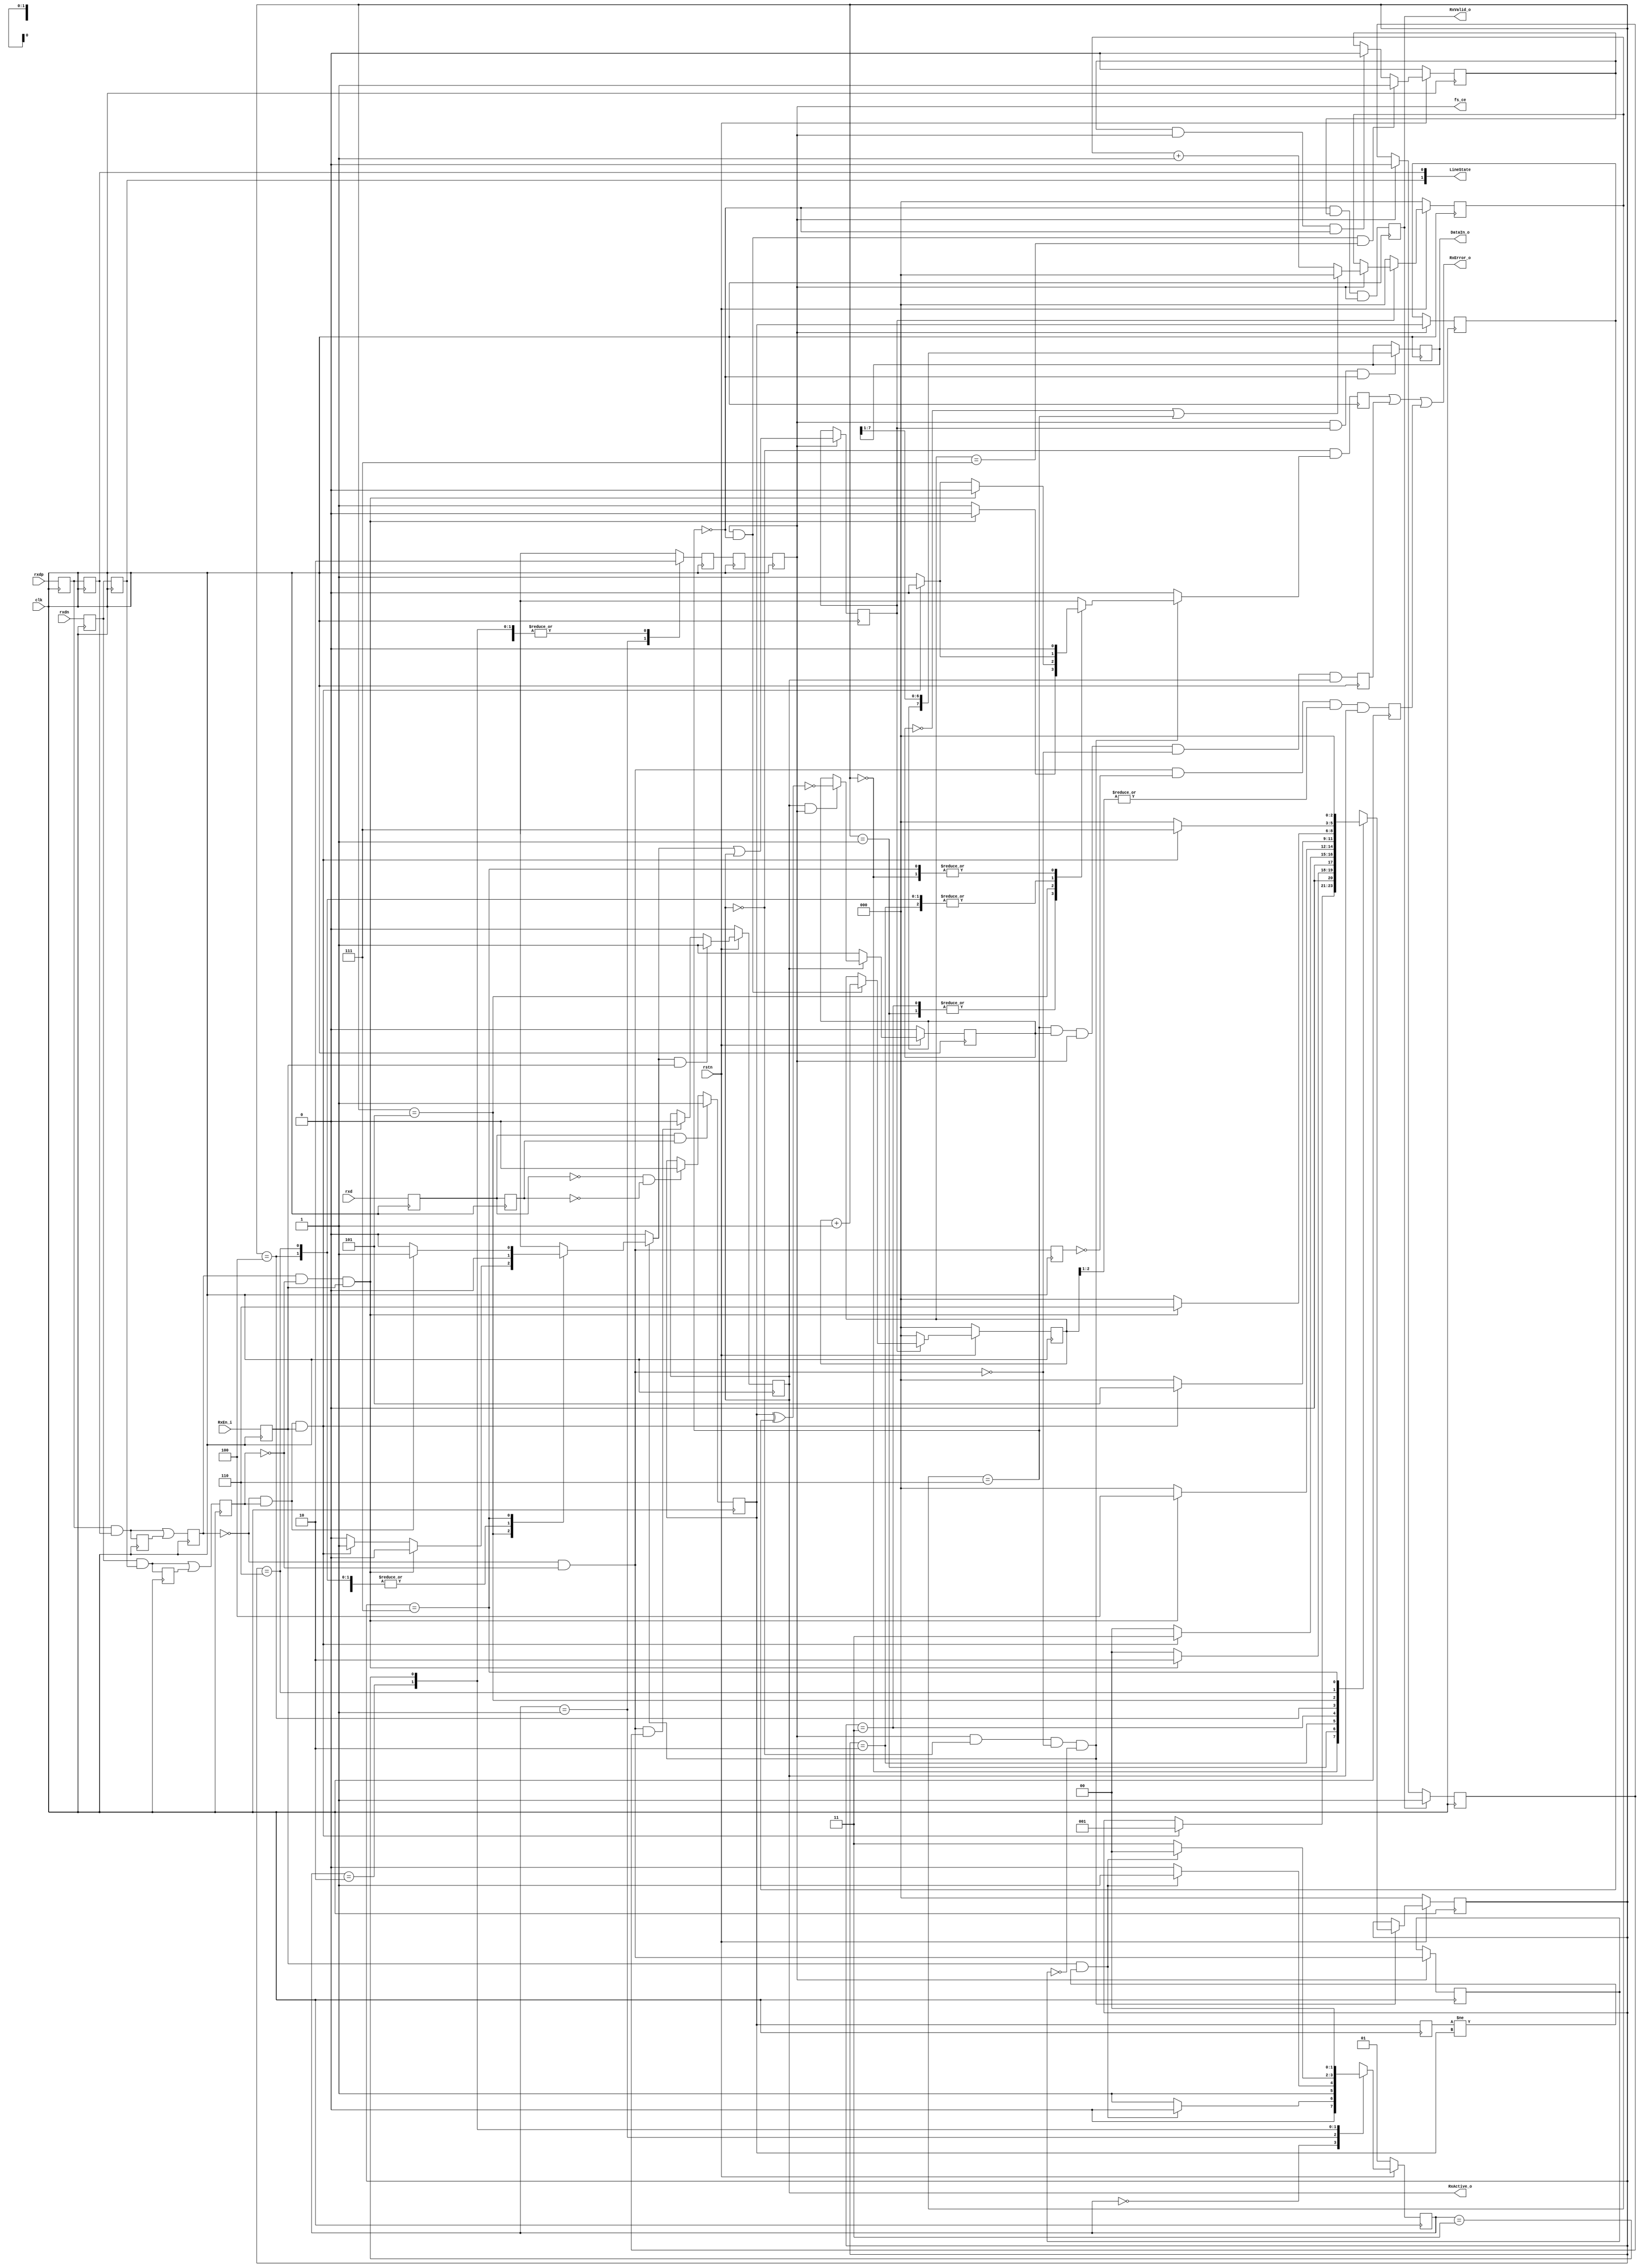
/////////////////////////////////////////////////////////////////////
////                                                             ////
////  USB 1.1 PHY                                                ////
////  RX & DPLL                                                  ////
////                                                             ////
////                                                             ////
////          rudi@asics.ws                                      ////
////                                                             ////
////                                                             ////
////  Downloaded from: http://www.opencores.org/cores/usb_phy/   ////
////                                                             ////
/////////////////////////////////////////////////////////////////////
////                                                             ////
//// Copyright (C) 2000-2002 Rudolf Usselmann                    ////
////                         www.asics.ws                        ////
////                         rudi@asics.ws                       ////
////                                                             ////
//// This source file may be used and distributed without        ////
//// restriction provided that this copyright statement is not   ////
//// removed from the file and that any derivative work contains ////
//// the original copyright notice and the associated disclaimer.////
////                                                             ////
////     THIS SOFTWARE IS PROVIDED ``AS IS'' AND WITHOUT ANY     ////
//// EXPRESS OR IMPLIED WARRANTIES, INCLUDING, BUT NOT LIMITED   ////
//// TO, THE IMPLIED WARRANTIES OF MERCHANTABILITY AND FITNESS   ////
//// FOR A PARTICULAR PURPOSE. IN NO EVENT SHALL THE AUTHOR      ////
//// OR CONTRIBUTORS BE LIABLE FOR ANY DIRECT, INDIRECT,         ////
//// INCIDENTAL, SPECIAL, EXEMPLARY, OR CONSEQUENTIAL DAMAGES    ////
//// (INCLUDING, BUT NOT LIMITED TO, PROCUREMENT OF SUBSTITUTE   ////
//// GOODS OR SERVICES; LOSS OF USE, DATA, OR PROFITS; OR        ////
//// BUSINESS INTERRUPTION) HOWEVER CAUSED AND ON ANY THEORY OF  ////
//// LIABILITY, WHETHER IN  CONTRACT, STRICT LIABILITY, OR TORT  ////
//// (INCLUDING NEGLIGENCE OR OTHERWISE) ARISING IN ANY WAY OUT  ////
//// OF THE USE OF THIS SOFTWARE, EVEN IF ADVISED OF THE         ////
//// POSSIBILITY OF SUCH DAMAGE.                                 ////
////                                                             ////
/////////////////////////////////////////////////////////////////////

//  CVS Log
//
//  $Id: usb_rx_phy.v,v 1.5 2004-10-19 09:29:07 rudi Exp $
//
//  $Date: 2004-10-19 09:29:07 $
//  $Revision: 1.5 $
//  $Author: rudi $
//  $Locker:  $
//  $State: Exp $
//
// Change History:
//               $Log: not supported by cvs2svn $
//               Revision 1.4  2003/12/02 04:56:00  rudi
//               Fixed a bug reported by Karl C. Posch from Graz University of Technology. Thanks Karl !
//
//               Revision 1.3  2003/10/19 18:07:45  rudi
//               - Fixed Sync Error to be only checked/generated during the sync phase
//
//               Revision 1.2  2003/10/19 17:40:13  rudi
//               - Made core more robust against line noise
//               - Added Error Checking and Reporting
//               (See README.txt for more info)
//
//               Revision 1.1.1.1  2002/09/16 14:27:01  rudi
//               Created Directory Structure
//
//
//
//
//
//
//
//


module usb1d_rx_phy(	clk, rstn, fs_ce,
	
			// Transciever Interface
			rxd, rxdp, rxdn,

			// UTMI Interface
			RxValid_o, RxActive_o, RxError_o, DataIn_o,
			RxEn_i, LineState);

input		clk;
input		rstn;
output		fs_ce;
input		rxd, rxdp, rxdn;
output	[7:0]	DataIn_o;
output		RxValid_o;
output		RxActive_o;
output		RxError_o;
input		RxEn_i;
output	[1:0]	LineState;

///////////////////////////////////////////////////////////////////
//
// Local Wires and Registers
//

reg		rxd_s0, rxd_s1,  rxd_s;
reg		rxdp_s0, rxdp_s1, rxdp_s, rxdp_s_r;
reg		rxdn_s0, rxdn_s1, rxdn_s, rxdn_s_r;
reg		synced_d;
wire		k, j, se0;
reg		rxd_r;
reg		rx_en;
reg		rx_active;
reg	[2:0]	bit_cnt;
reg		rx_valid1, rx_valid;
reg		shift_en;
reg		sd_r;
reg		sd_nrzi;
reg	[7:0]	hold_reg;
wire		drop_bit;	// Indicates a stuffed bit
reg	[2:0]	one_cnt;

reg	[1:0]	dpll_state, dpll_next_state;
reg		fs_ce_d;
reg		fs_ce;
wire		change;
wire		lock_en;
reg	[2:0]	fs_state, fs_next_state;
reg		rx_valid_r;
reg		sync_err_d, sync_err;
reg		bit_stuff_err;
reg		se0_r, byte_err;
reg		se0_s;

///////////////////////////////////////////////////////////////////
//
// Misc Logic
//

assign RxActive_o = rx_active;
assign RxValid_o = rx_valid;
assign RxError_o = sync_err | bit_stuff_err | byte_err;
assign DataIn_o = hold_reg;
assign LineState = {rxdn_s1, rxdp_s1};

always @(posedge clk)	rx_en <= RxEn_i;
always @(posedge clk)	sync_err <= !rx_active & sync_err_d;

///////////////////////////////////////////////////////////////////
//
// Synchronize Inputs
//

// First synchronize to the local system clock to
// avoid metastability outside the sync block (*_s0).
// Then make sure we see the signal for at least two
// clock cycles stable to avoid glitches and noise

always @(posedge clk)	rxd_s0  <= rxd;
always @(posedge clk)	rxd_s1  <= rxd_s0;
always @(posedge clk)							// Avoid detecting Line Glitches and noise
	if(rxd_s0 && rxd_s1)	rxd_s <= 1'b1;
	else
	if(!rxd_s0 && !rxd_s1)	rxd_s <= 1'b0;

always @(posedge clk)	rxdp_s0  <= rxdp;
always @(posedge clk)	rxdp_s1  <= rxdp_s0;
always @(posedge clk)	rxdp_s_r <= rxdp_s0 & rxdp_s1;
always @(posedge clk)	rxdp_s   <= (rxdp_s0 & rxdp_s1) | rxdp_s_r;	// Avoid detecting Line Glitches and noise

always @(posedge clk)	rxdn_s0  <= rxdn;
always @(posedge clk)	rxdn_s1  <= rxdn_s0;
always @(posedge clk)	rxdn_s_r <= rxdn_s0 & rxdn_s1;
always @(posedge clk)	rxdn_s   <= (rxdn_s0 & rxdn_s1) | rxdn_s_r;	// Avoid detecting Line Glitches and noise

assign k = !rxdp_s &  rxdn_s;
assign j =  rxdp_s & !rxdn_s;
assign se0 = !rxdp_s & !rxdn_s;

always @(posedge clk)	if(fs_ce)	se0_s <= se0;

///////////////////////////////////////////////////////////////////
//
// DPLL
//

// This design uses a clock enable to do 12Mhz timing and not a
// real 12Mhz clock. Everything always runs at 48Mhz. We want to
// make sure however, that the clock enable is always exactly in
// the middle between two virtual 12Mhz rising edges.
// We monitor rxdp and rxdn for any changes and do the appropiate
// adjustments.
// In addition to the locking done in the dpll FSM, we adjust the
// final latch enable to compensate for various sync registers ...

// Allow lockinf only when we are receiving
assign	lock_en = rx_en;

always @(posedge clk)	rxd_r <= rxd_s;

// Edge detector
assign change = rxd_r != rxd_s;

// DPLL FSM
`ifdef USB_ASYNC_REST
always @(posedge clk or negedge rstn)
`else
always @(posedge clk)
`endif
	if(!rstn)	dpll_state <= 2'h1;
	else		dpll_state <= dpll_next_state;

always @(dpll_state or lock_en or change)
   begin
	fs_ce_d = 1'b0;
	case(dpll_state)	// synopsys full_case parallel_case
	   2'h0:
		if(lock_en && change)	dpll_next_state = 2'h0;
		else			dpll_next_state = 2'h1;
	   2'h1:begin
		fs_ce_d = 1'b1;
		if(lock_en && change)	dpll_next_state = 2'h3;
		else			dpll_next_state = 2'h2;
		end
	   2'h2:
		if(lock_en && change)	dpll_next_state = 2'h0;
		else			dpll_next_state = 2'h3;
	   2'h3:
		if(lock_en && change)	dpll_next_state = 2'h0;
		else			dpll_next_state = 2'h0;
	endcase
   end

// Compensate for sync registers at the input - allign full speed
// clock enable to be in the middle between two bit changes ...
reg	fs_ce_r1, fs_ce_r2;

always @(posedge clk)	fs_ce_r1 <= fs_ce_d;
always @(posedge clk)	fs_ce_r2 <= fs_ce_r1;
always @(posedge clk)	fs_ce <= fs_ce_r2;


///////////////////////////////////////////////////////////////////
//
// Find Sync Pattern FSM
//

parameter	FS_IDLE	= 3'h0,
		K1	= 3'h1,
		J1	= 3'h2,
		K2	= 3'h3,
		J2	= 3'h4,
		K3	= 3'h5,
		J3	= 3'h6,
		K4	= 3'h7;

`ifdef USB_ASYNC_REST
always @(posedge clk or negedge rstn)
`else
always @(posedge clk)
`endif
	if(!rstn)	fs_state <= FS_IDLE;
	else		fs_state <= fs_next_state;

/***********************************************************
       Dinesh.A, 7th Feb 2013
       Sync Detection, when following pattern detected
          k,j,k,j,k,j,k,k
       Where k =1; if  rxdp == 0  and rxdn == 1 
       Where j =1; if  rxdp == 1  and rxdn == 0
************************************************************/
always @(fs_state or fs_ce or k or j or rx_en or rx_active or se0 or se0_s)
   begin
	synced_d = 1'b0;
	sync_err_d = 1'b0;
	fs_next_state = fs_state;
	if(fs_ce && !rx_active && !se0 && !se0_s)
	   case(fs_state)	// synopsys full_case parallel_case
		FS_IDLE:
		     begin
			if(k && rx_en)	fs_next_state = K1;
		     end
		K1:
		     begin
			if(j && rx_en)	fs_next_state = J1;
			else
			   begin
					sync_err_d = 1'b1;
					fs_next_state = FS_IDLE;
			   end
		     end
		J1:
		     begin
			if(k && rx_en)	fs_next_state = K2;
			else
			   begin
					sync_err_d = 1'b1;
					fs_next_state = FS_IDLE;
			   end
		     end
		K2:
		     begin
			if(j && rx_en)	fs_next_state = J2;
			else
			   begin
					sync_err_d = 1'b1;
					fs_next_state = FS_IDLE;
			   end
		     end
		J2:
		     begin
			if(k && rx_en)	fs_next_state = K3;
			else
			   begin
					sync_err_d = 1'b1;
					fs_next_state = FS_IDLE;
			   end
		     end
		K3:
		     begin
			if(j && rx_en)	fs_next_state = J3;
			else
			if(k && rx_en)
			   begin
					fs_next_state = FS_IDLE;	// Allow missing first K-J
					synced_d = 1'b1;
			   end
			else
			   begin
					sync_err_d = 1'b1;
					fs_next_state = FS_IDLE;
			   end
		     end
		J3:
		     begin
			if(k && rx_en)	fs_next_state = K4;
			else
			   begin
					sync_err_d = 1'b1;
					fs_next_state = FS_IDLE;
			   end
		     end
		K4:
		     begin
			if(k)	synced_d = 1'b1;
			fs_next_state = FS_IDLE;
		     end
	   endcase
   end

///////////////////////////////////////////////////////////////////
//
// Generate RxActive
//

`ifdef USB_ASYNC_REST
always @(posedge clk or negedge rstn)
`else
always @(posedge clk)
`endif
	if(!rstn)		rx_active <= 1'b0;
	else
	if(synced_d && rx_en)	rx_active <= 1'b1;
	else
	if(se0 && rx_valid_r)	rx_active <= 1'b0;

always @(posedge clk)
	if(rx_valid)	rx_valid_r <= 1'b1;
	else
	if(fs_ce)	rx_valid_r <= 1'b0;

///////////////////////////////////////////////////////////////////
//
// NRZI Decoder
//

always @(posedge clk)
	if(fs_ce)	sd_r <= rxd_s;

`ifdef USB_ASYNC_REST
always @(posedge clk or negedge rstn)
`else
always @(posedge clk)
`endif
	if(!rstn)		sd_nrzi <= 1'b0;
	else
	if(!rx_active)		sd_nrzi <= 1'b1;
	else
	if(rx_active && fs_ce)	sd_nrzi <= !(rxd_s ^ sd_r);

///////////////////////////////////////////////////////////////////
//
// Bit Stuff Detect
//

`ifdef USB_ASYNC_REST
always @(posedge clk or negedge rstn)
`else
always @(posedge clk)
`endif
	if(!rstn)	one_cnt <= 3'h0;
	else
	if(!shift_en)	one_cnt <= 3'h0;
	else
	if(fs_ce)
	   begin
		if(!sd_nrzi || drop_bit)	one_cnt <= 3'h0;
		else				one_cnt <= one_cnt + 3'h1;
	   end

assign drop_bit = (one_cnt==3'h6);

always @(posedge clk)	bit_stuff_err <= drop_bit & sd_nrzi & fs_ce & !se0 & rx_active; // Bit Stuff Error

///////////////////////////////////////////////////////////////////
//
// Serial => Parallel converter
//

always @(posedge clk)
	if(fs_ce)	shift_en <= synced_d | rx_active;

always @(posedge clk)
	if(fs_ce && shift_en && !drop_bit)
		hold_reg <= {sd_nrzi, hold_reg[7:1]};

///////////////////////////////////////////////////////////////////
//
// Generate RxValid
//

`ifdef USB_ASYNC_REST
always @(posedge clk or negedge rstn)
`else
always @(posedge clk)
`endif
	if(!rstn)		bit_cnt <= 3'b0;
	else
	if(!shift_en)		bit_cnt <= 3'h0;
	else
	if(fs_ce && !drop_bit)	bit_cnt <= bit_cnt + 3'h1;

`ifdef USB_ASYNC_REST
always @(posedge clk or negedge rstn)
`else
always @(posedge clk)
`endif
	if(!rstn)					rx_valid1 <= 1'b0;
	else
	if(fs_ce && !drop_bit && (bit_cnt==3'h7))	rx_valid1 <= 1'b1;
	else
	if(rx_valid1 && fs_ce && !drop_bit)		rx_valid1 <= 1'b0;

always @(posedge clk)	rx_valid <= !drop_bit & rx_valid1 & fs_ce;

always @(posedge clk)	se0_r <= se0;

always @(posedge clk)	byte_err <= se0 & !se0_r & (|bit_cnt[2:1]) & rx_active;

endmodule